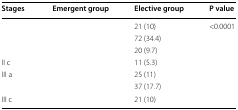
<table><thead><tr><td><b>Stages</b></td><td><b>Emergent group</b></td><td><b>Elective group</b></td><td><b>P value</b></td></tr></thead><tbody><tr><td>[EMPTY_CELL]</td><td>[EMPTY_CELL]</td><td>21 (10)</td><td>&lt;0.0001</td></tr><tr><td>[EMPTY_CELL]</td><td>[EMPTY_CELL]</td><td>72 (34.4)</td><td>[EMPTY_CELL]</td></tr><tr><td>[EMPTY_CELL]</td><td>[EMPTY_CELL]</td><td>20 (9.7)</td><td>[EMPTY_CELL]</td></tr><tr><td>II c</td><td>[EMPTY_CELL]</td><td>11 (5.3)</td><td>[EMPTY_CELL]</td></tr><tr><td>III a</td><td>[EMPTY_CELL]</td><td>25 (11)</td><td>[EMPTY_CELL]</td></tr><tr><td>[EMPTY_CELL]</td><td>[EMPTY_CELL]</td><td>37 (17.7)</td><td>[EMPTY_CELL]</td></tr><tr><td>III c</td><td>[EMPTY_CELL]</td><td>21 (10)</td><td>[EMPTY_CELL]</td></tr></tbody></table>